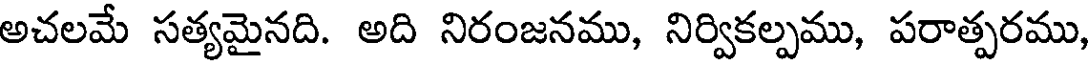
అచలమే సత్యమైనది. అది నిరంజనము, నిర్వికల్పము, పరాత్పరము,